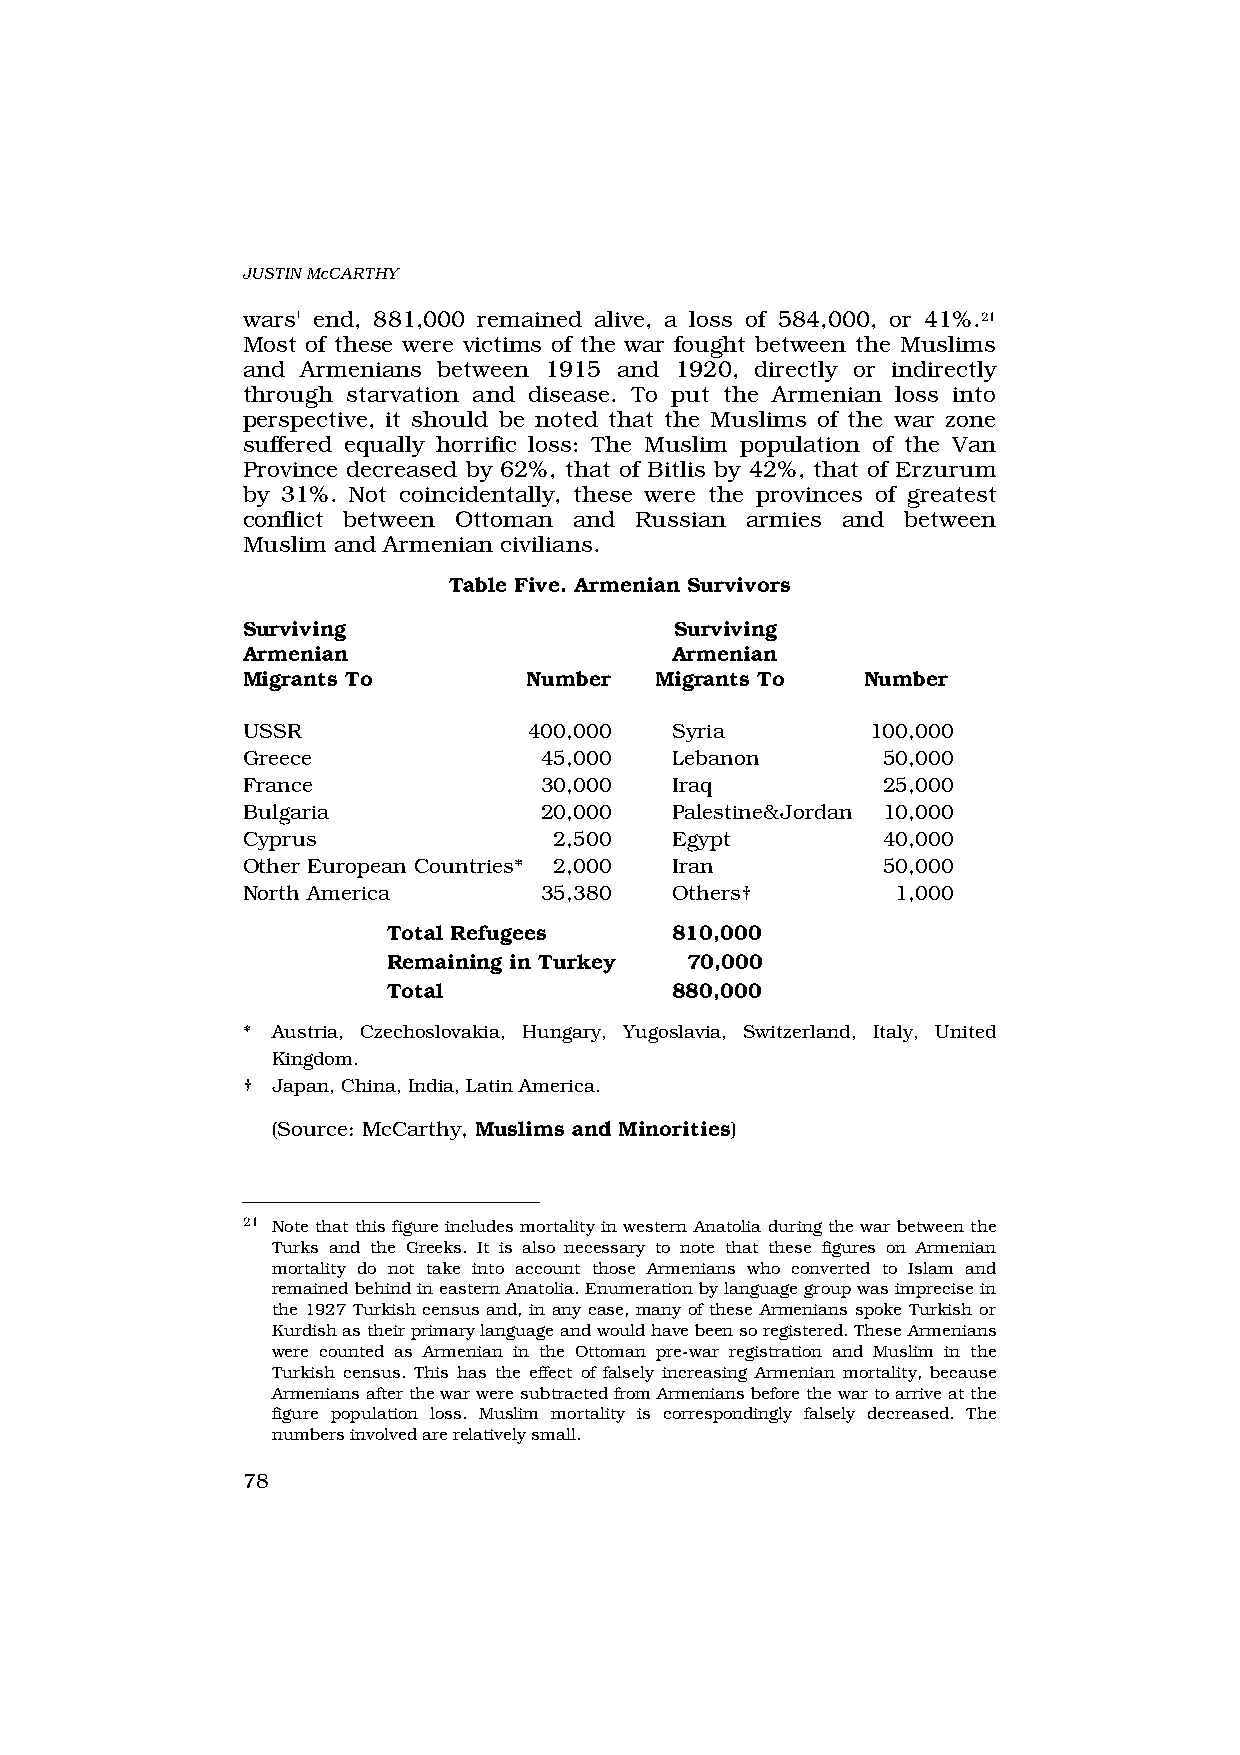
JUSTIN McCARTHY
 wars' end, 881,000 remained alive, a loss of 584,000, or 41%.21
 Most of these were victims of the war fought between the Muslims
 and Armenians between 1915 and 1920, directly or indirectly
 through starvation and disease. To put the Armenian loss into
 perspective, it should be noted that the Muslims of the war zone
 suffered equally horrific loss: The Muslim population of the Van
 Province decreased by 62%, that of Bitlis by 42%, that of Erzurum
 by 31%. Not coincidentally, these were the provinces of greatest
 conflict between Ottoman and Russian armies and between
 Muslim and Armenian civilians.
 Table Five. Armenian Survivors
 Surviving                    Surviving
 Armenian                    Armenian
 Migrants To        Number  Migrants To   Number
 USSR               400,000  Syria         100,000
 Greece              45,000  Lebanon       50,000
 France              30,000  Iraq          25,000
 Bulgaria            20,000  Palestine&Jordan 10,000
 Cyprus               2,500  Egypt         40,000
 Other European Countries* 2,000 Iran      50,000
 North America       35,380  Others†        1,000
 Total Refugees    810,000
 Remaining in Turkey 70,000
 Total             880,000
 * Austria, Czechoslovakia, Hungary, Yugoslavia, Switzerland, Italy, United
 Kingdom.
 † Japan, China, India, Latin America.
 (Source: McCarthy, Muslims and Minorities)
 21 Note that this figure includes mortality in western Anatolia during the war between the
 Turks and the Greeks. It is also necessary to note that these figures on Armenian
 mortality do not take into account those Armenians who converted to Islam and
 remained behind in eastern Anatolia. Enumeration by language group was imprecise in
 the 1927 Turkish census and, in any case, many of these Armenians spoke Turkish or
 Kurdish as their primary language and would have been so registered. These Armenians
 were counted as Armenian in the Ottoman pre-war registration and Muslim in the
 Turkish census. This has the effect of falsely increasing Armenian mortality, because
 Armenians after the war were subtracted from Armenians before the war to arrive at the
 figure population loss. Muslim mortality is correspondingly falsely decreased. The
 numbers involved are relatively small.
 78